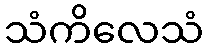
သံကိလေသံ